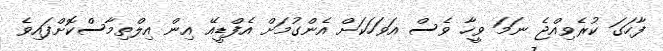
ފާހަގަ ކުރެވިއްޖެ ނަމަ ވީހާ ވެސް އަވަހަކަށް އެންގުމަށް އެފްޑީއޭ އިން އިލްތިމާސްކޮށްފައިވެ